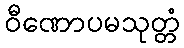
ဝီဏောပမသုတ္တံ